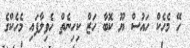
ހޭ މެހެކް ހައުސް ޔޫ ކޮބާ ހަޒް ކިހިނެތް ހެވިލާފައި މެހެކްގެ